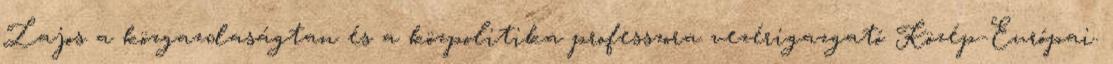
Lajos a közgazdaságtan és a közpolitika professzora vezérigazgató Közép-Európai.